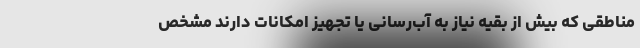
مناطقی که بیش از بقیه نیاز به آب‌رسانی یا تجهیز امکانات دارند مشخص